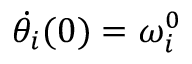
\dot { \theta _ { i } } ( 0 ) = \omega _ { i } ^ { 0 }